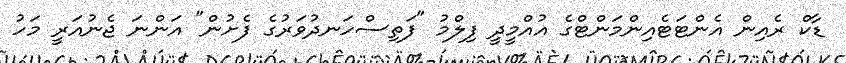
ޑާކް ރެއިން އެންޓަޓެއިންމަންޓްގެ އުއްމީދީ ފިލްމު "ފަތިސްހަނދުވަރުގެ ފެށުން" އަންނަ ޖެނުއަރީ މަހު